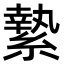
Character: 縶